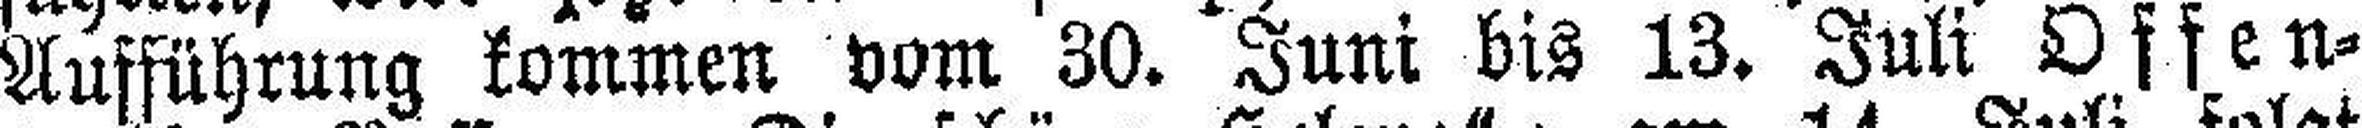
Aufführung kommen vom 30. Juni bis 13. Juli Offen¬